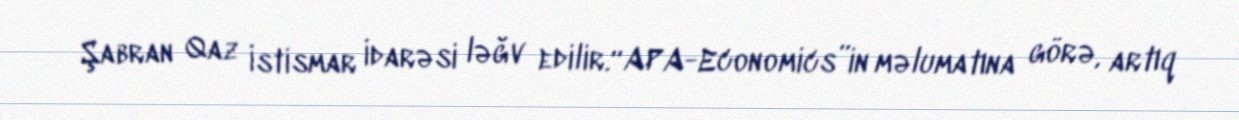
Şabran Qaz İstismar İdarəsi ləğv edilir.“APA-Economics”in məlumatına görə, artıq